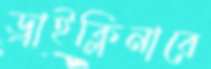
ড্রাইক্লিনারে